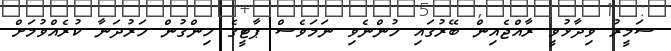
ސަމީރު ވިދާޅުވީ ރާއްޖެއިން ބޭރުގައި ހުންނެވި ނަމަވެސް ޕާޓީގެ ހިންގުން ހަރުދަނާ ކުރެއްވުމަށް